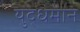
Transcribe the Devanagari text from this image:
युद्धमान